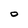
Character: O